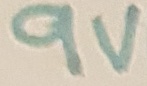
Text: 9v